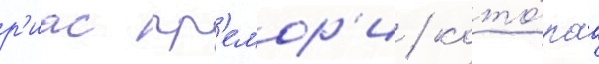
р'иас гр'емор'и / кото́раа